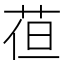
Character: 𮏈